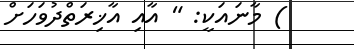
) މާނައަކީ: " އާއި އާޚިރަތްދުވަހަށް